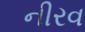
નીરવ